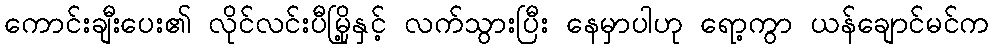
ကောင်းချီးပေး၏ လိုင်လင်းပီမြို့နှင့် လက်သွားပြီး နေမှာပါဟု ရော့ကွာ ယန်ချောင်မင်က